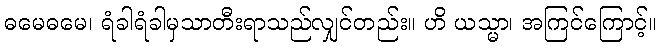
ဓမေဓမေ၊ ရံခါရံခါမှသာတီးရာသည်လျှင်တည်း။ ဟိ ယသ္မာ၊ အကြင်ကြောင့်။